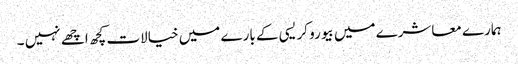
ہمارے معاشرے میں بیورو کریسی کے بارے میں خیالات کچھ اچھے نہیں ۔